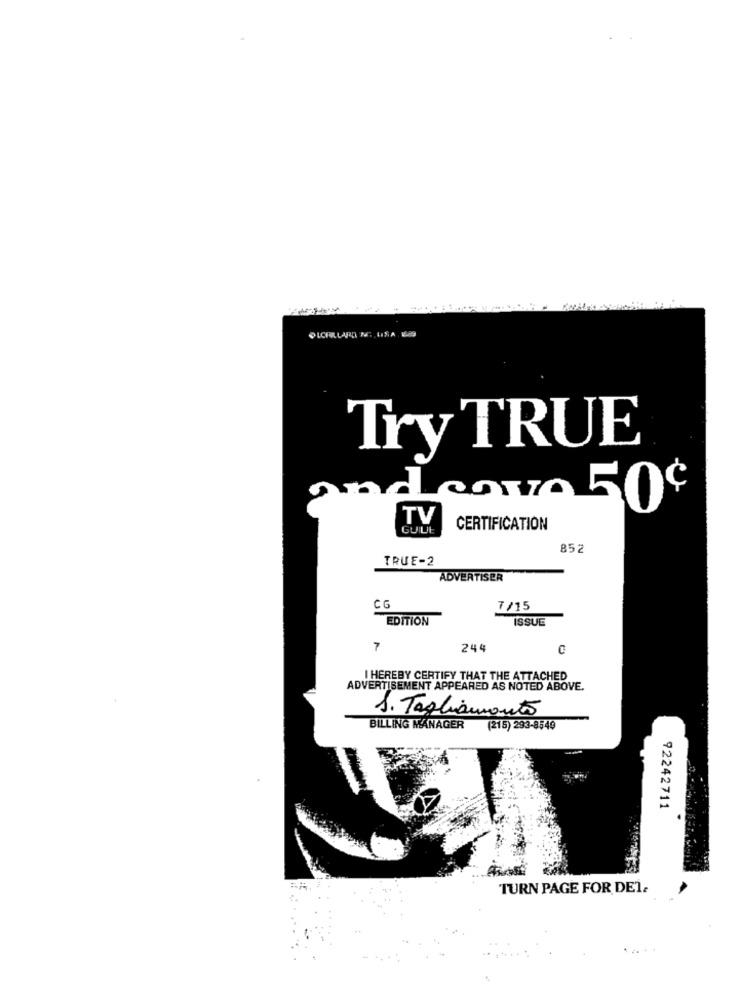
TryTRUE
cowo 50¢
TV
GUUE
CERTIFICATION
852
TRUE-2
ADVERTISER
CG
7/15
EDITION
ISSUE
7
244
C
I HEREBY CERTIFY THAT THE ATTACHED
ADVERTISEMENT APPEARED AS NOTED ABOVE.
1. Tagliamento
BILLING MANAGER
(215) 293-8549
92242711
TURN PAGE FOR DET.